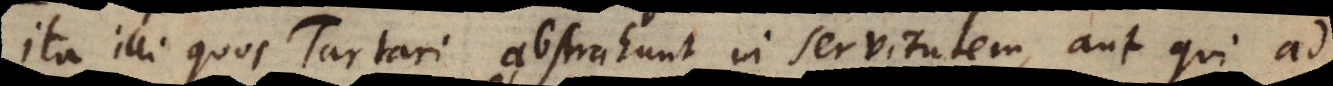
Ita illi quos Tartari abstrahunt in servitutem, aut qui ad